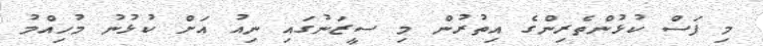
މި ފަސް ކުޅުންތެރިންގެ އިތުރުން މި ސީޒަނުގައި ނިއު އަށް ކުޅުނު މުހިއްމު